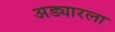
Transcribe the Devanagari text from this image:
अड्यारला